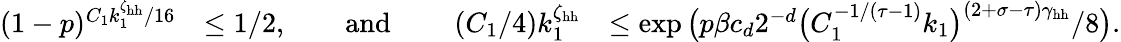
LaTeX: \begin{array}{rlr}{(1-p)^{C_{1}k_{1}^{\zeta_{\mathrm{hh}}}/16}}&{\le 1/2,\qquad\mathrm{and~}\qquad(C_{1}/4)k_{1}^{\zeta_{\mathrm{hh}}}}&{\le\exp\big(p\beta c_{d}2^{-d}\big(C_{1}^{-1/(\tau-1)}k_{1}\big)^{(2+\sigma-\tau)\gamma_{\mathrm{hh}}}/8\big).}\end{array}